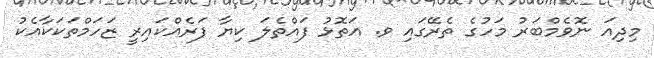
މިދިއަ ނޮވެމްބަރު މަހުގެ ތެރޭގައި ވ. އަތޮޅު ފައްތެލަ ކިޔާ ފަރެއްކައިރީ ޒަހަމްތަކަކާއެކު